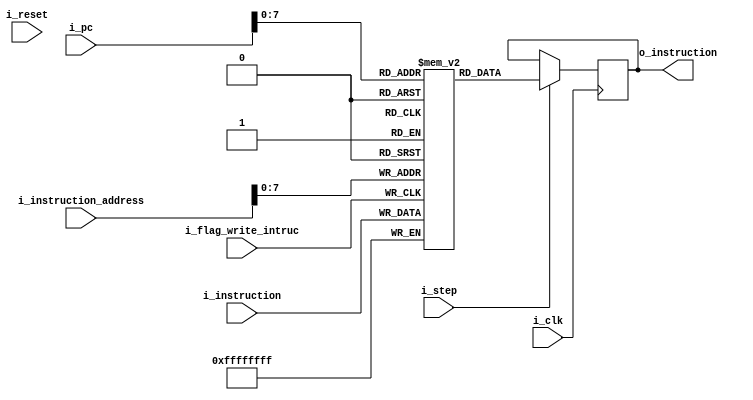
`timescale 1ns / 1ps

module memory_instruc
    #(
        parameter SIZE_ADDR_PC      = 32,
        parameter TOTAL_SIZE        = 256
    )
    (
        input   wire                            i_clk,
        input   wire                            i_reset,
        input   wire                            i_step,
        input   wire    [SIZE_ADDR_PC-1    :0]  i_pc,
        input   wire    [SIZE_ADDR_PC-1    :0]  i_instruction_address,
        input   wire    [SIZE_ADDR_PC-1    :0]  i_instruction,
        input   wire                            i_flag_write_intruc,
        output  reg     [SIZE_ADDR_PC-1    :0]  o_instruction   
    );
    
    reg [SIZE_ADDR_PC-1  :0]  reg_memory[TOTAL_SIZE-1:0];
    integer index;
    
    initial 
    begin
        for (index = 0; index<TOTAL_SIZE; index= index + 1) begin
            reg_memory[index] = 0;
        end  
    end


    always @(posedge i_clk)
    begin
        if (i_step)begin
            o_instruction  <= reg_memory[i_pc];
        end
    end

    always @(posedge i_flag_write_intruc) begin
            reg_memory[i_instruction_address] <= i_instruction; 
    end

endmodule